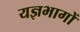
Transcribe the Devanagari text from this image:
यज्ञभागों